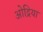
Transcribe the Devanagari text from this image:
ओद्रिया